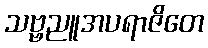
သဗ္ဗညူအပရာဇိတေ